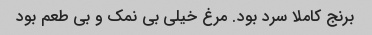
برنج کاملا سرد بود. مرغ خیلی بی نمک و بی طعم بود